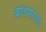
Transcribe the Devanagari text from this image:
ब्रॉडफील्ड